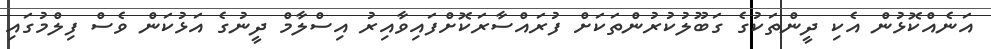
އަނެއްކޮޅުން އެކި ދީންތަކުގެ ގަބޫލުކުރުންތަކަށް ފުރައްސާރަކޮށްފައިވާއިރު އިސްލާމް ދީނުގެ އަޅުކަން ވެސް ފިލްމުގައި